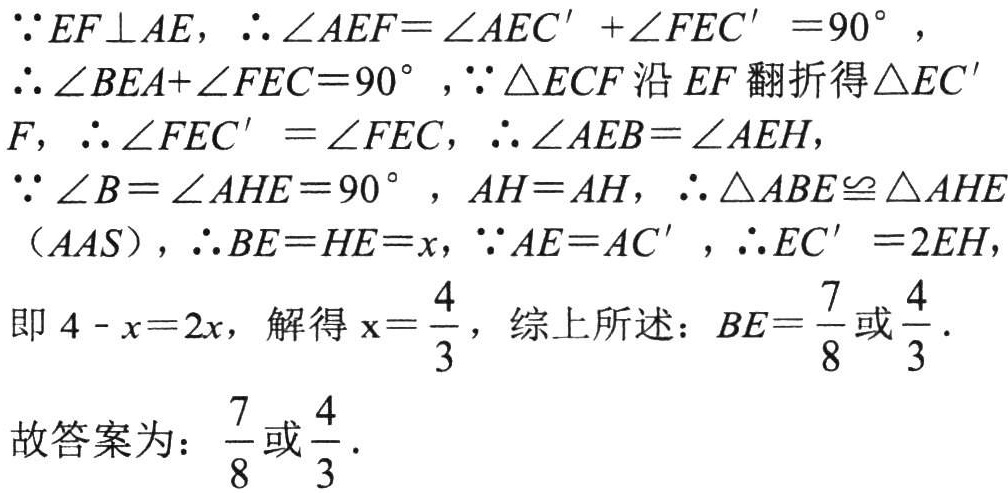
\(\because EF\perp AE\)，\(\therefore\angle AEF=\angle AEC'+\angle FEC' = 90^{\circ}\)，
\(\therefore\angle BEA+\angle FEC = 90^{\circ}\)，\(\because\triangle ECF\)沿\(EF\)翻折得\(\triangle EC'F\)，\(\therefore\angle FEC'=\angle FEC\)，\(\therefore\angle AEB=\angle AEH\)，
\(\because\angle B=\angle AHE = 90^{\circ}\)，\(AH = AH\)，\(\therefore\triangle ABE\cong\triangle AHE\)（\(AAS\)），\(\therefore BE = HE=x\)，\(\because AE = AC'\)，\(\therefore EC'=2EH\)，
即\(4 - x = 2x\)，解得\(x=\frac{4}{3}\)，综上所述：\(BE=\frac{7}{8}\)或\(\frac{4}{3}\).
故答案为：\(\frac{7}{8}\)或\(\frac{4}{3}\).